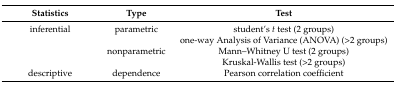
<table><thead><tr><td><b>Statistics</b></td><td><b>Type</b></td><td><b>Test</b></td></tr></thead><tbody><tr><td>inferential</td><td>parametric</td><td>student’s <i>t</i> test (2 groups)</td></tr><tr><td></td><td></td><td>one-way Analysis of Variance (ANOVA) (&gt;2 groups)</td></tr><tr><td></td><td>nonparametric</td><td>Mann–Whitney U test (2 groups)</td></tr><tr><td></td><td></td><td>Kruskal-Wallis test (&gt;2 groups)</td></tr><tr><td>descriptive</td><td>dependence</td><td>Pearson correlation coefficient</td></tr></tbody></table>